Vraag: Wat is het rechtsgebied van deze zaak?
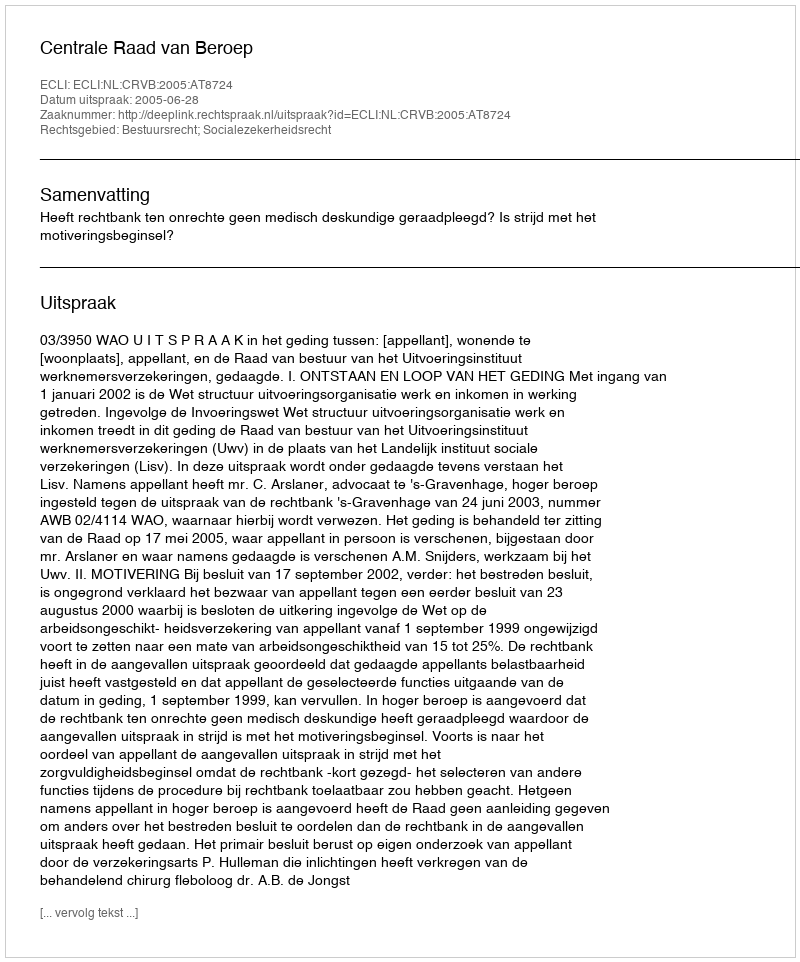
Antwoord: Bestuursrecht; Socialezekerheidsrecht